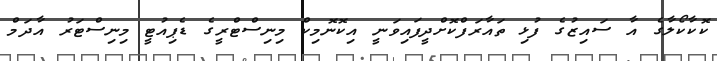
ކޮކާކޯލާގެ އާ ސައިޒުގެ ފުޅި ތައާރަފްކޮށްދީފައިވަނީ އިކޮނޮމިކް މިނިސްޓްރީގެ ޑެޕިއުޓީ މިނިސްޓަރު އާދަމް